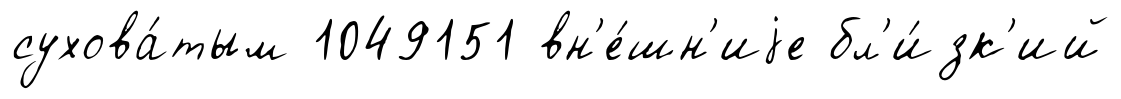
сухова́тым 1049151 вн'е́шн'иjе бл'и́зк'ий